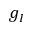
g _ { I }